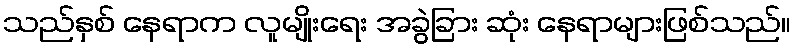
သည်နှစ် နေရာက လူမျိုးရေး အခွဲခြား ဆုံး နေရာများဖြစ်သည်။